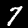
Label: 7